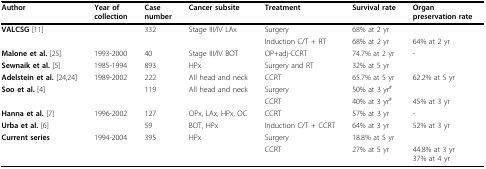
<table><thead><tr><td><b>Author</b></td><td><b>Year of collection</b></td><td><b>Case number</b></td><td><b>Cancer subsite</b></td><td><b>Treatment</b></td><td><b>Survival rate</b></td><td><b>Organ preservation rate</b></td></tr></thead><tbody><tr><td><b>VALCSG </b>[11]</td><td></td><td>332</td><td>Stage III/IV LAx</td><td>Surgery</td><td>68% at 2 yr</td><td></td></tr><tr><td></td><td></td><td></td><td></td><td>Induction C/T + RT</td><td>68% at 2 yr</td><td>64% at 2 yr</td></tr><tr><td><b>Malone et al. </b>[25]</td><td>1993-2000</td><td>40</td><td>Stage III/IV BOT</td><td>OP+adj-CCRT</td><td>74.7% at 2 yr</td><td>-</td></tr><tr><td><b>Sewnaik et al. </b>[5]</td><td>1985-1994</td><td>893</td><td>HPx</td><td>Surgery and RT</td><td>32% at 5 yr</td><td></td></tr><tr><td><b>Adelstein et al. </b>[24,24]</td><td>1989-2002</td><td>222</td><td>All head and neck</td><td>CCRT</td><td>65.7% at 5 yr</td><td>62.2% at 5 yr</td></tr><tr><td><b>Soo et al. </b>[4]</td><td></td><td>119</td><td>All head and neck</td><td>Surgery</td><td>50% at 3 yr<sup>#</sup></td><td></td></tr><tr><td></td><td></td><td></td><td></td><td>CCRT</td><td>40% at 3 yr<sup>#</sup></td><td>45% at 3 yr</td></tr><tr><td><b>Hanna et al. </b>[7]</td><td>1996-2002</td><td>127</td><td>OPx, LAx, HPx, OC</td><td>CCRT</td><td>57% at 3 yr</td><td>-</td></tr><tr><td><b>Urba et al. </b>[6]</td><td></td><td>59</td><td>BOT, HPx</td><td>Induction C/T + CCRT</td><td>64% at 3 yr</td><td>52% at 3 yr</td></tr><tr><td><b>Current series</b></td><td>1994-2004</td><td>395</td><td>HPx</td><td>Surgery</td><td>18.8% at 5 yr</td><td></td></tr><tr><td></td><td></td><td></td><td></td><td>CCRT</td><td>27% at 5 yr</td><td>44.8% at 3 yr37% at 4 yr</td></tr></tbody></table>